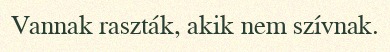
Vannak raszták, akik nem szívnak.